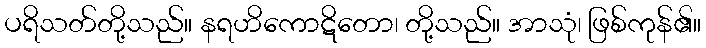
ပရိသတ်တို့သည်။ နရဟိကောဋိတော၊ တို့သည်။ အာသုံ၊ ဖြစ်ကုန်၏။